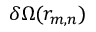
\delta \Omega ( r _ { m , n } )